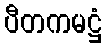
ပီတကမဋ္ဌံ